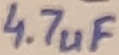
Text: 4.7uF